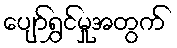
ပျော်ရွှင်မှုအတွက်